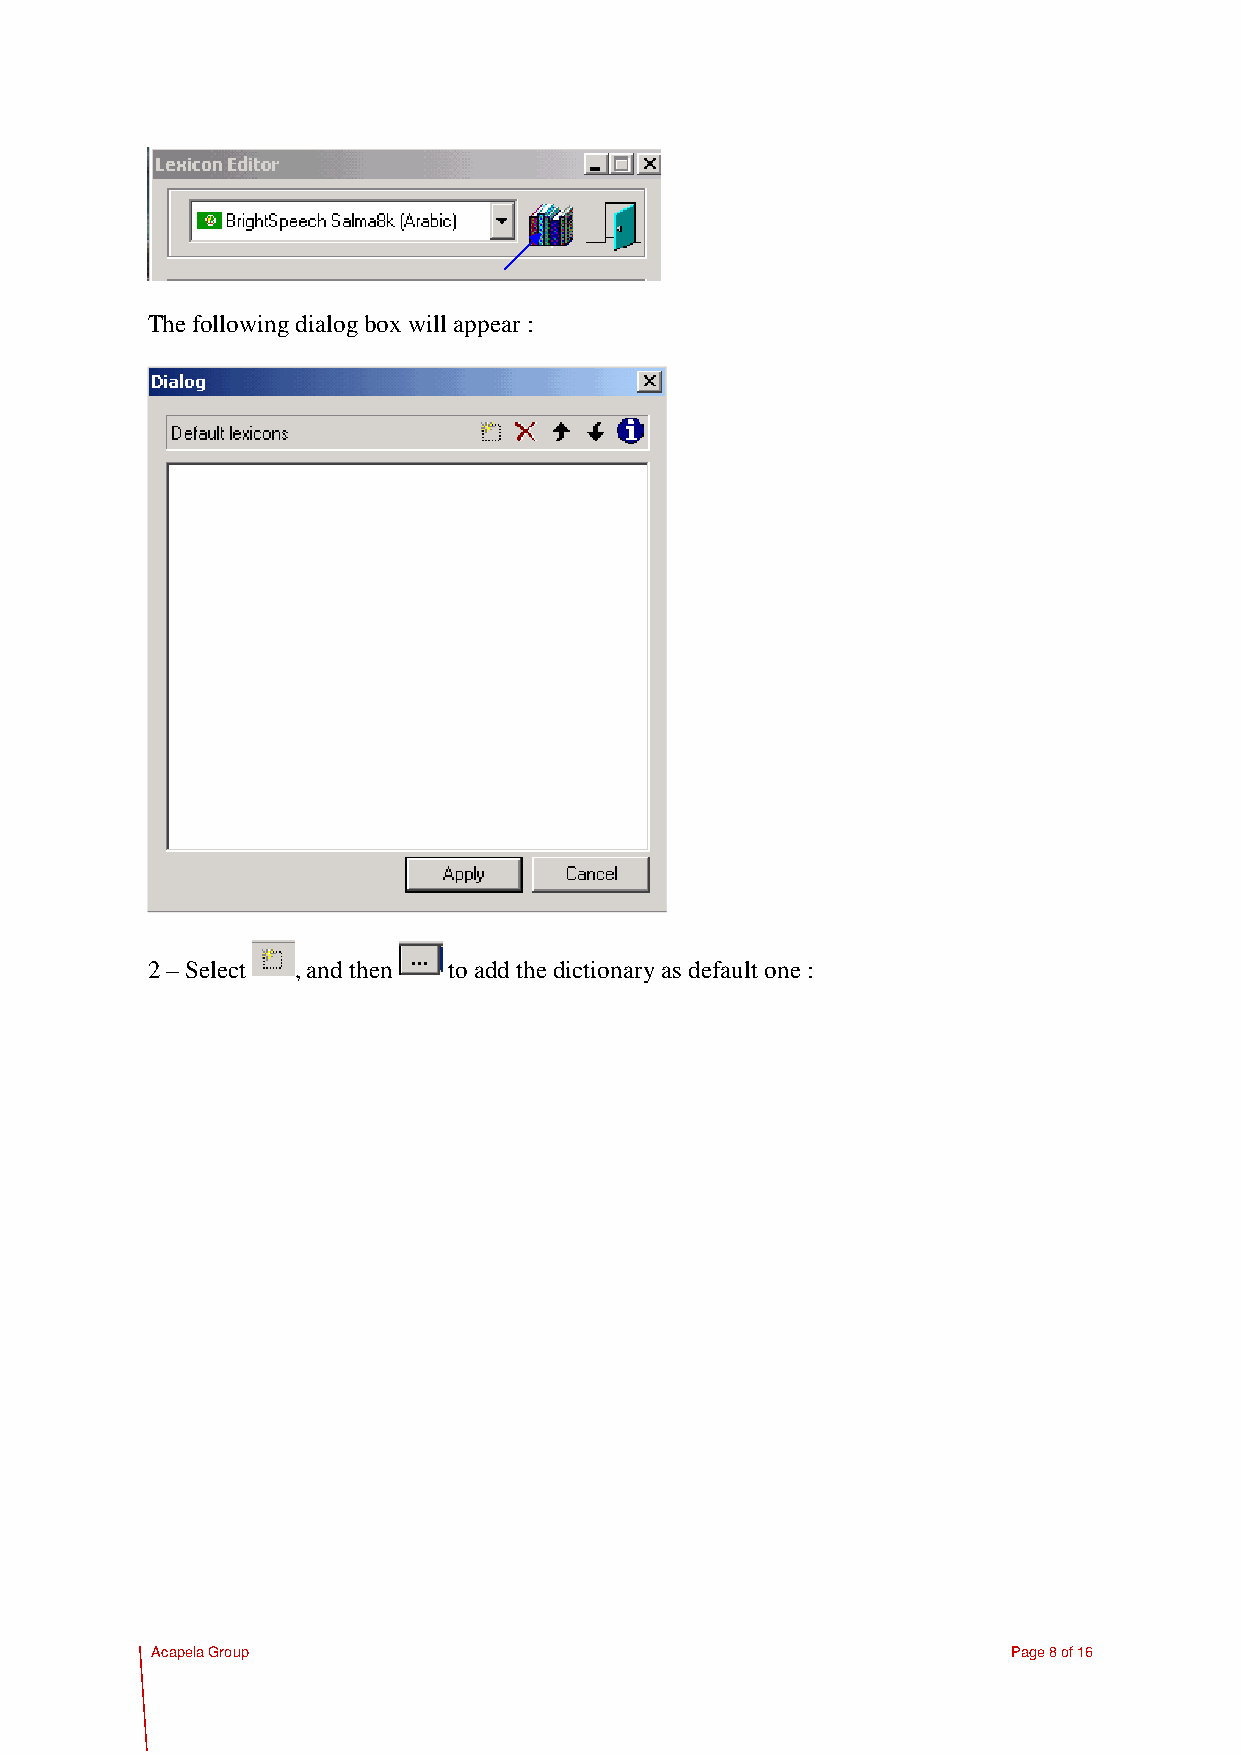
The following dialog box will appear :
 2 – Select , and then to add the dictionary as default one :
 Acapela Group                                            Page 8 of 16